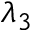
\lambda _ { 3 }